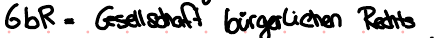
GbR = Gesellschaft bürgerlichen Rechts